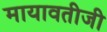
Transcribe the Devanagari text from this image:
मायावतीजी